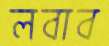
লবাব